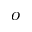
O